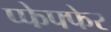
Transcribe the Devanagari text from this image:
प्फेफ्फेर